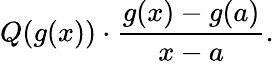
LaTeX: Q(g(x))\cdot{\frac{g(x)-g(a)}{x-a}}.